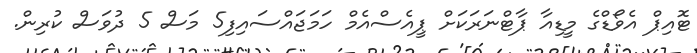
ޓޮއިޕް އެވޯޑްގެ މީޑިއާ ޕާޓްނަރަކަށް ޕީއެސްއެމް ހަމަޖައްސައިފި5 މަސް 5 ދުވަސް ކުރިން.